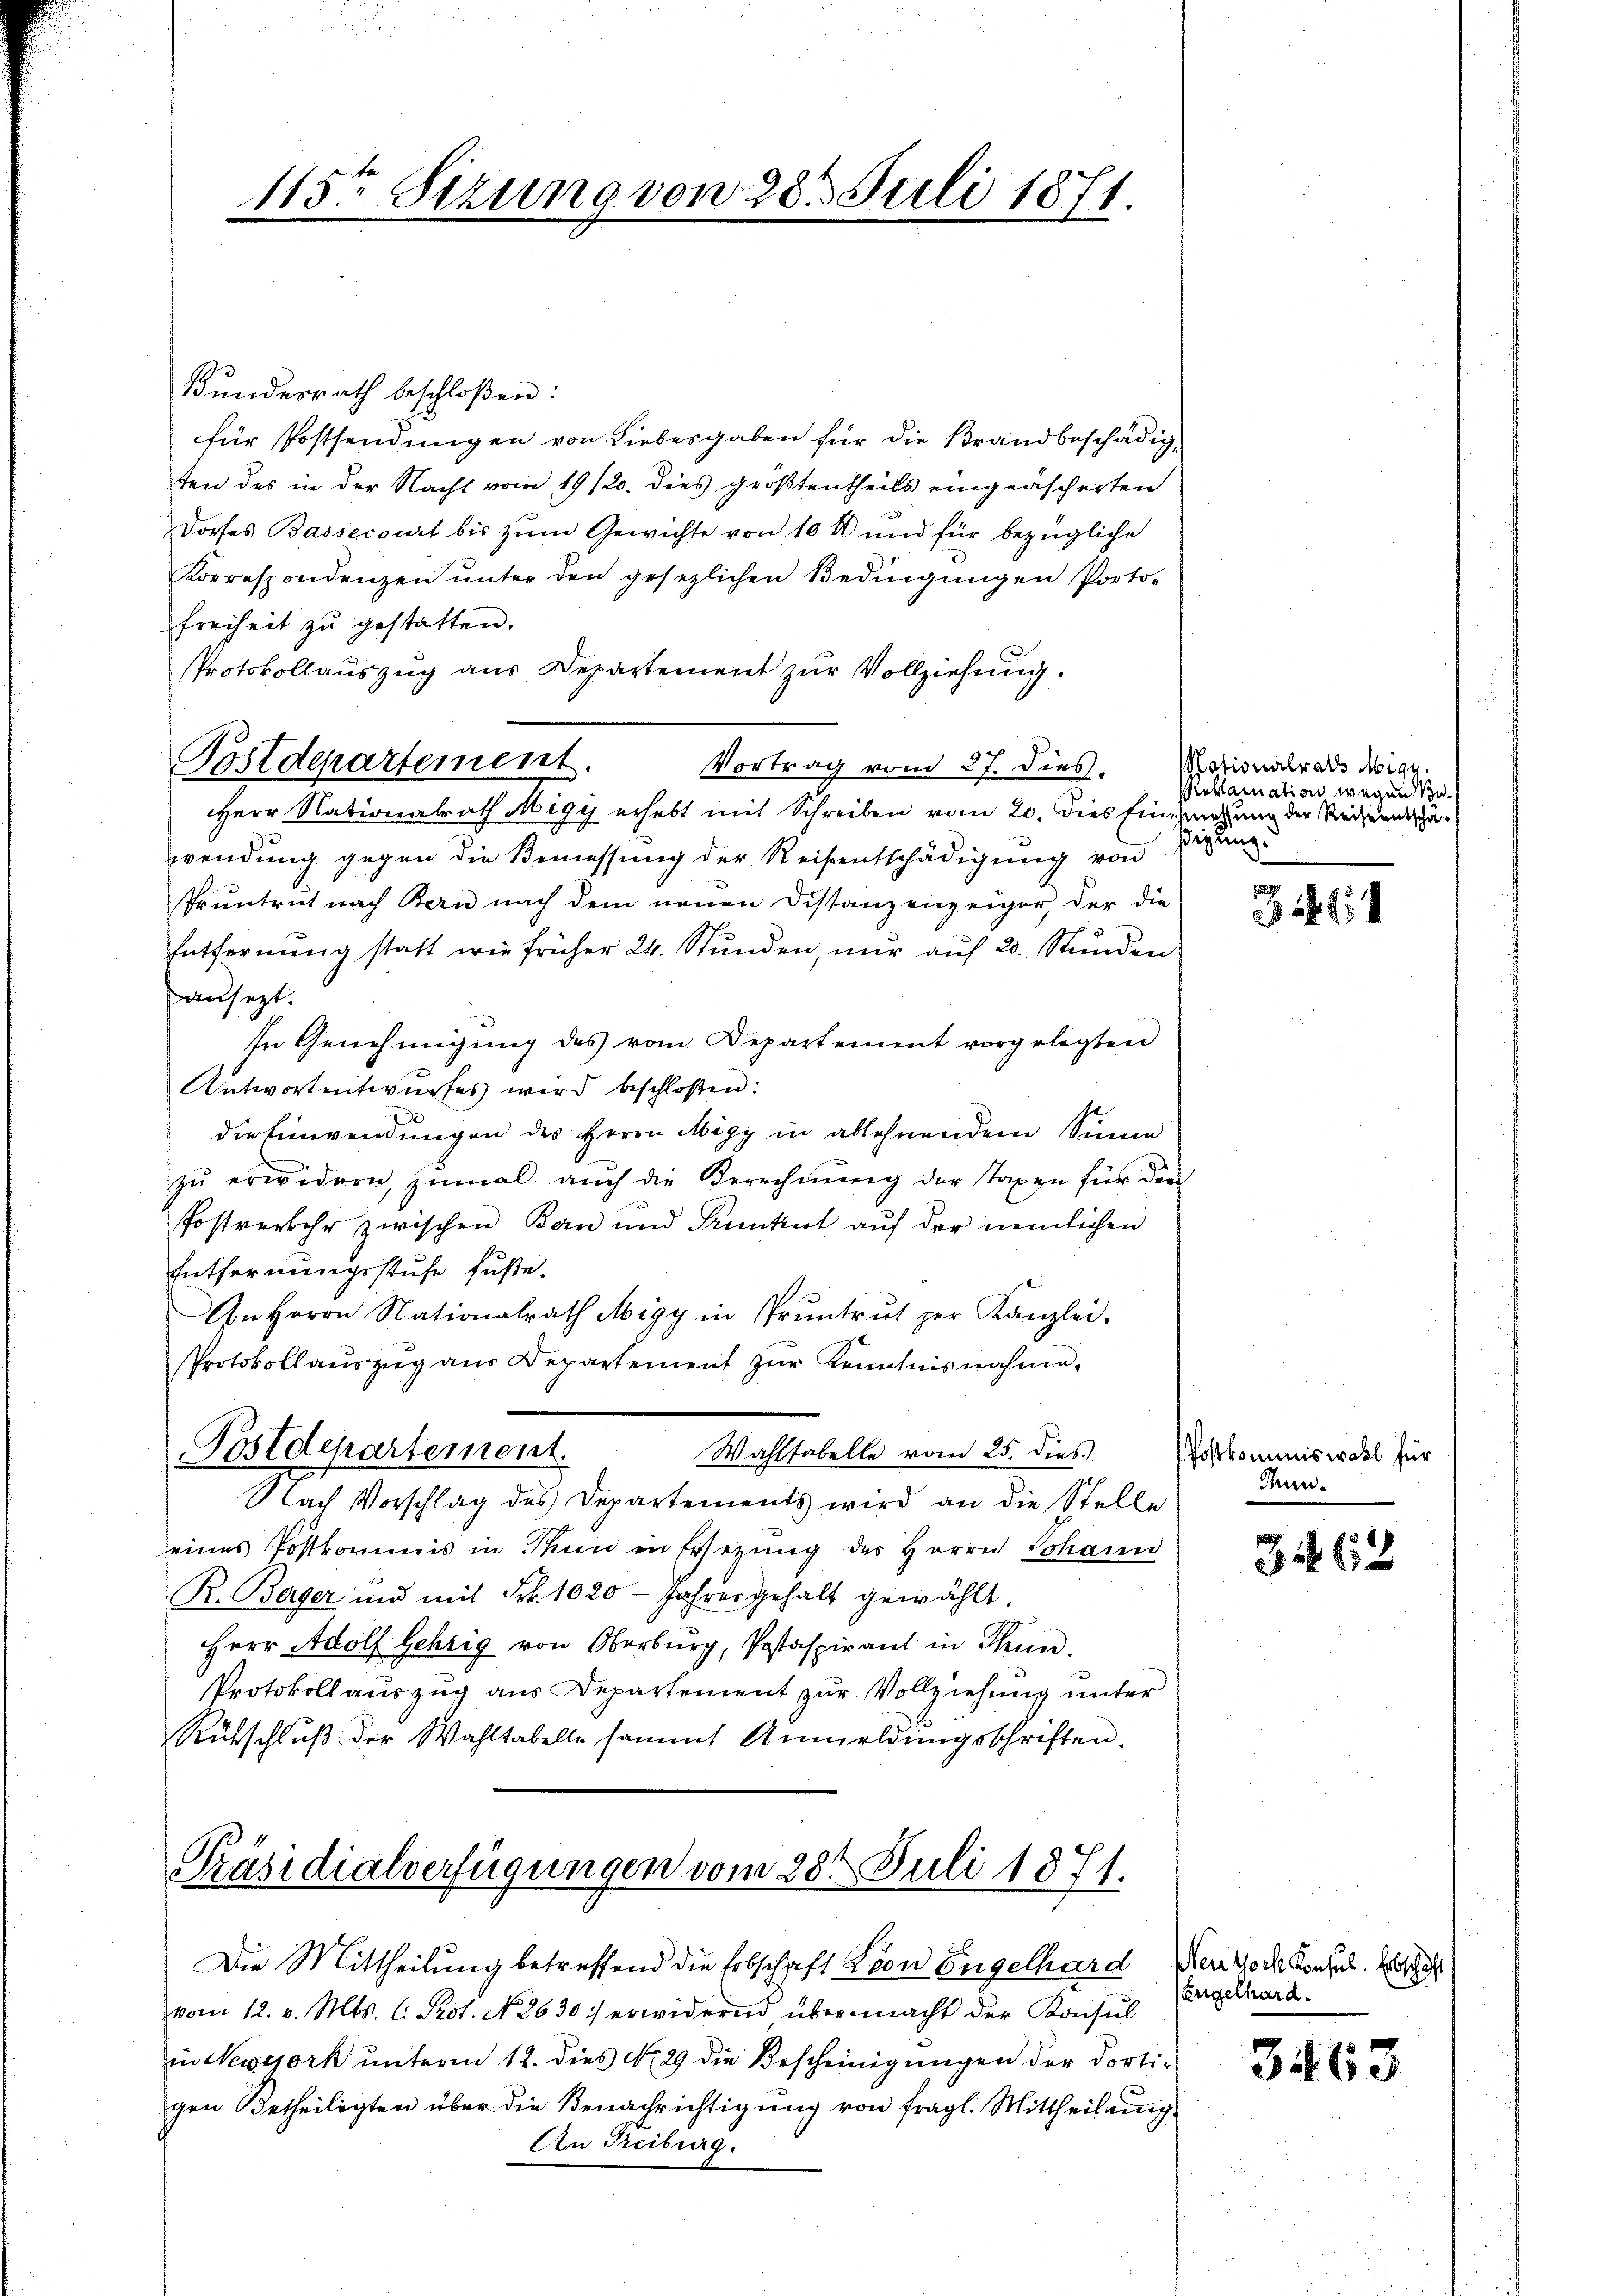
115ten Sizung von 28t Juli 1871.

Kundesrath beschloßen:
für Postsendungen von Liebesgaben für die Brandbeschädigten des in der Nacht vom 19/20. dies größtentheils eingeäscherten
Dorfes Bassecourt bis zum Gewichte von 10 M und für bezügliche
Korrespondenzen ŭnter den gesezlichen Bedingŭngen Porto-
freiheit zu gestatten.
Protokollauszug aus Departement zur Vollziehung.
Vortrag vom 27. Dies
Herr Nationalrath Migy erhebt mit Schreiben vom 20. dies Einzeugung der Reiseentschäwendung gegen die Bemessung der Reisentschädigŭng von
Pruntrut nach Bern nach dem neŭen Distanzenzeiger, der die
Entfernung statt wie früher 24. Stŭnden, nŭr aŭf 20. Stunden
ansezt.
In Genehmigŭng des vom Departement vorgelegten
Antwortentwurfes wird beschloßen:
die Einwendungen des Herrn Migy in ablehnendem Sinne
zŭ erwidern, zŭmal aŭch die Berechnŭng der Taxen für die
Postverkehr zwischen Bern und Prunkert auf der nemlichen
Entfernungsstufe fuße.
An Herrn Nationalrath Migy in Pruntrŭt per Kanzlei,
Protokollaŭszŭg aŭs Departement zŭr Kenntnisnahme.
Wahlhabelle vom 25. dies.
Postdepartement
Nach Vorschlag des Departements wird an die Stelle
eines Postkommis in Thun in Ersezung des Herrn Johann
R. Berger und mit Frk. 1020 Jahres gehalt gewählt,
Herr Adolf Gehrig von Oberburg, Postaspirant in Thun.
Protokollauszug aus Departement zur Vollziehung unter
Rütschlŭβ der Wahltabelle sammt Anmeldŭngsschriften.

Postdepartement.

Präsidialverfügungen vom 28ten Juli 1871.

gen Betheiligten über die Benachrichtigung von fragl. Mittheilung
An Treiburg.

Die Mittheilung betreffend die Erbschaft Loon Engelhard er doch Konsil. Was
vom 12. v. Mts. C. Prot. No. 2630) erwidernd übermacht der Konsul
in Newszork ŭnterm 12. dies No. 29 die Bescheinigŭngen der dorti-

Motionalraths Migy
Reklamation wegen Beßigung.

651

Postkommniswahl für
Tun-

362

Engelhard.

3463